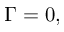
\Gamma = 0 ,